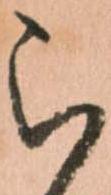
被